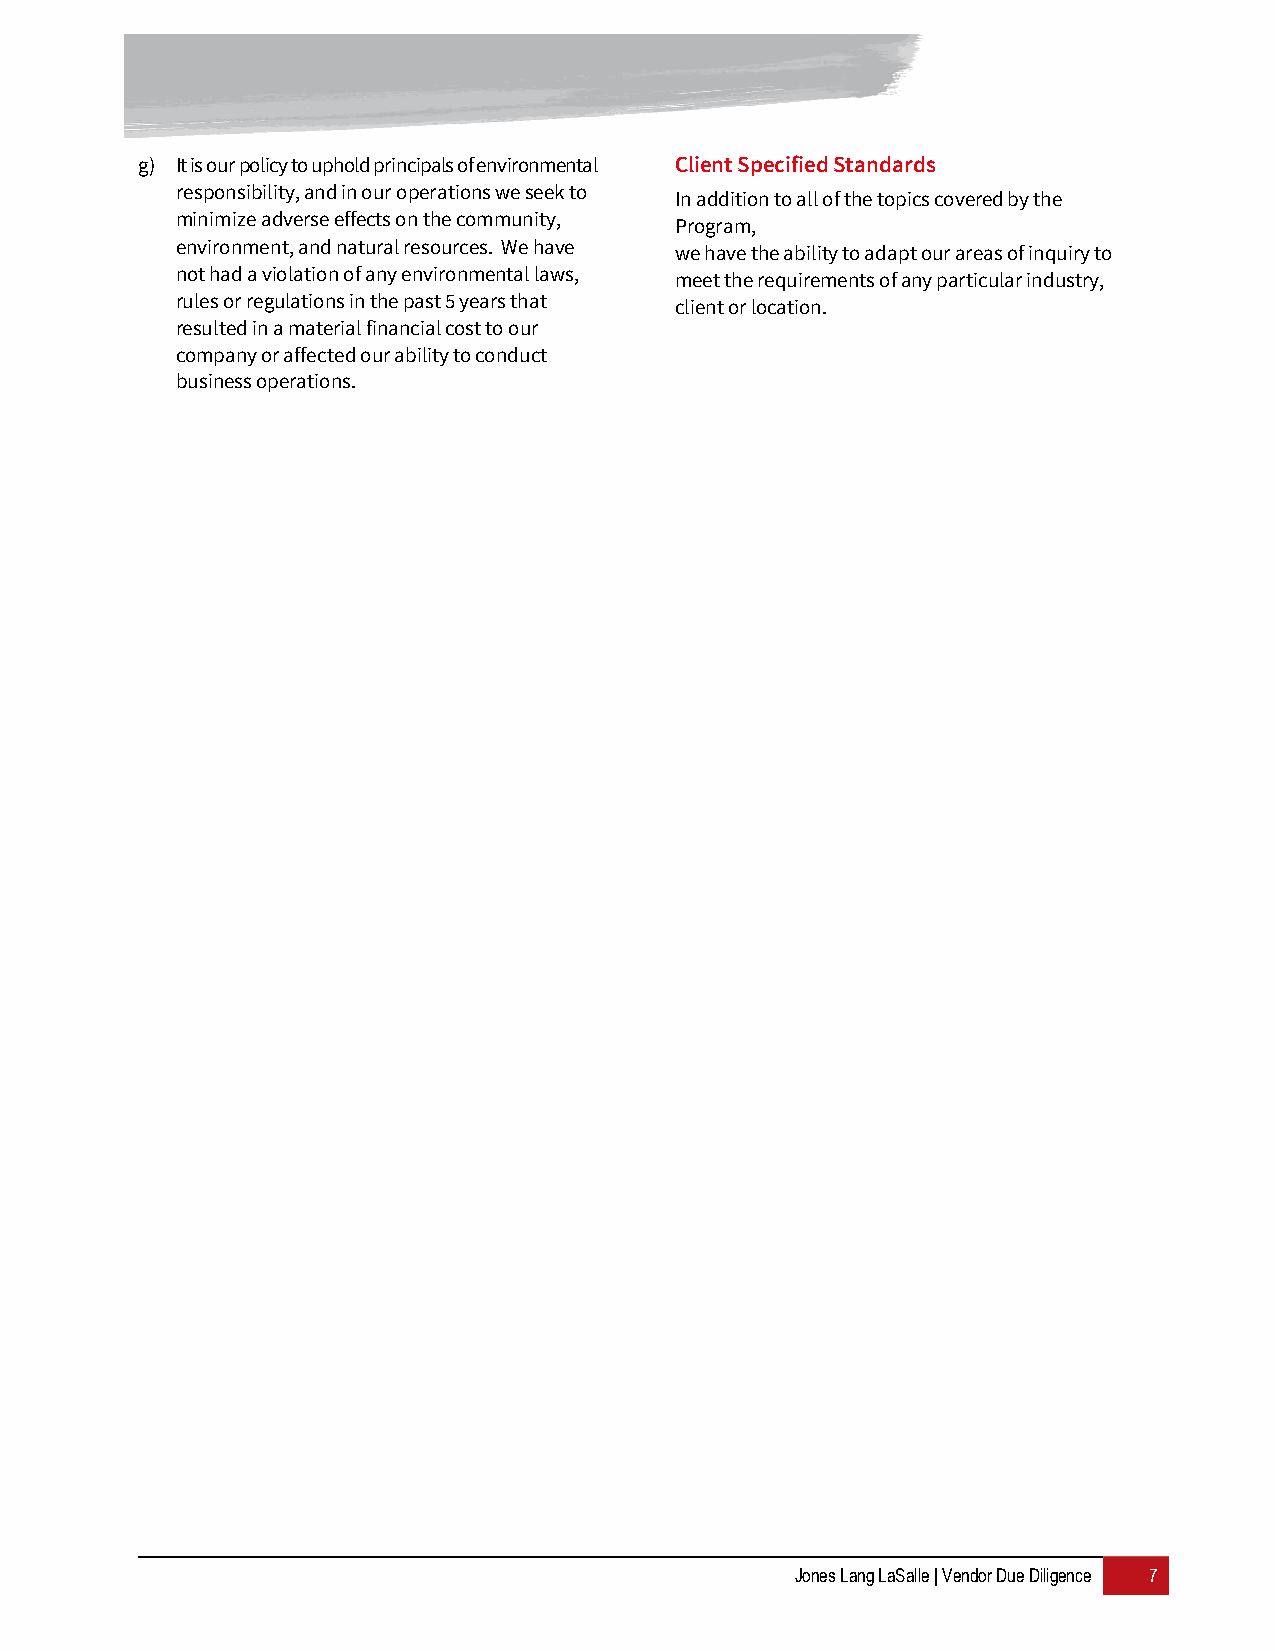
g) It is our policy to uphold principals of environmental Client Specified Standards
 responsibility, and in our operations we seek to
 In addition to all of the topics covered by the
 minimize adverse effects on the community,
 Program,
 environment, and natural resources. We have we have the ability to adapt our areas of inquiry to
 not had a violation of any environmental laws, meet the requirements of any particular industry,
 rules or regulations in the past 5 years that client or location.
 resulted in a material financial cost to our
 company or affected our ability to conduct
 business operations.
 Jones Lang LaSalle | Vendor Due Diligence 7